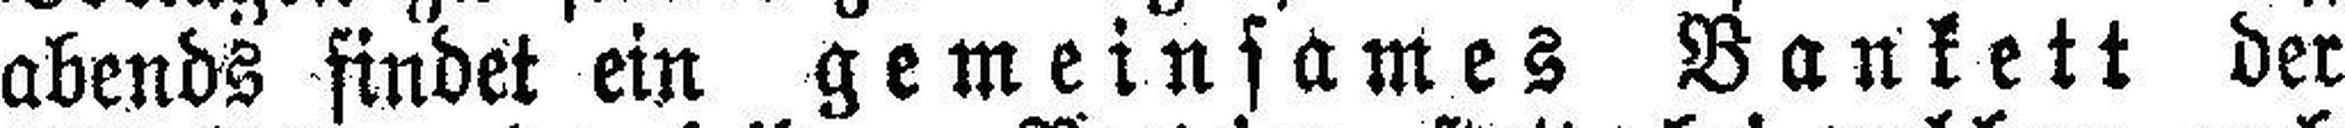
abends findet ein gemeinsames Bankett der